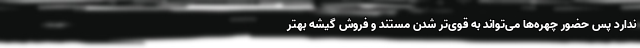
ندارد پس حضور چهره‌ها می‌تواند به قوی‌تر شدن مستند و فروش گیشه بهتر